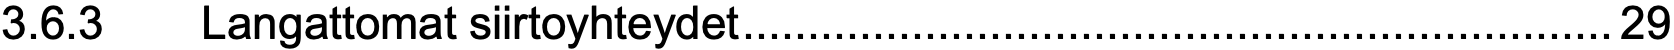
3.6.3  Langattomat siirtoyhteydet...................................................................29